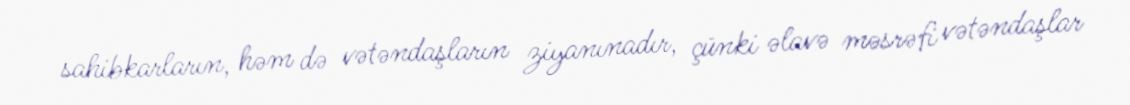
sahibkarların, həm də vətəndaşların ziyanınadır, çünki əlavə məsrəfi vətəndaşlar